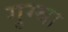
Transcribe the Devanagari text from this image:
गुम्वा